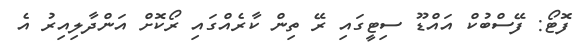
ފޮޓޯ: ފޭސްބުކް އައްޑޫ ސިޓީގައި ރޭ ތިން ކާރެއްގައި ރޯކޮށް އަންދާލިއިރު އެ